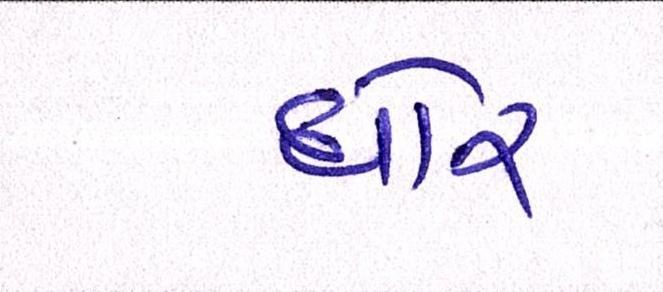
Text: ઘોર